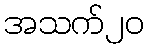
အသက်၂၀